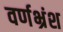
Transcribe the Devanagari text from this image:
वर्णभ्रंश